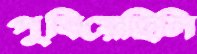
পুষিয়েছিলি